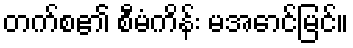
တက်စ၏ စီမံကိန်း မအောင်မြင်။